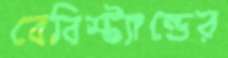
বেবিস্ট্যান্ডের